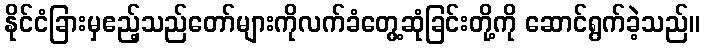
နိုင်ငံခြားမှဧည့်သည်တော်များကိုလက်ခံတွေ့ဆုံခြင်းတို့ကို ဆောင်ရွက်ခဲ့သည်။